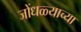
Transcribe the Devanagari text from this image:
जोंधळ्याच्या